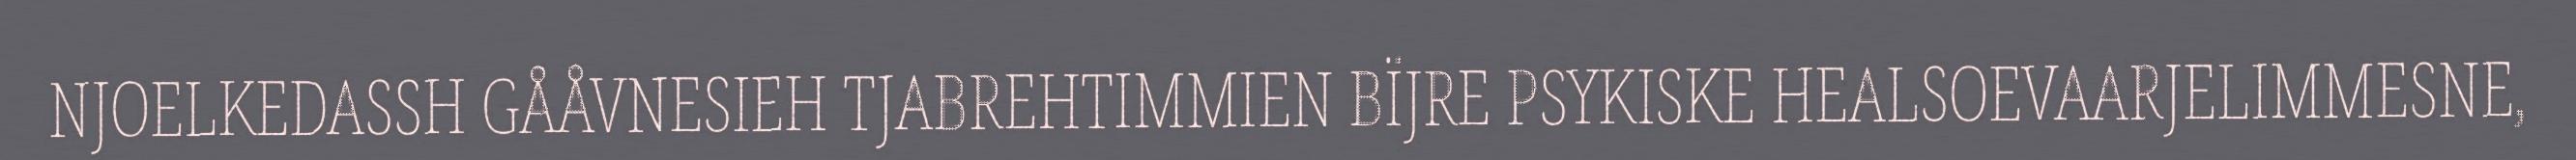
NJOELKEDASSH GÅÅVNESIEH TJABREHTIMMIEN BÏJRE PSYKISKE HEALSOEVAARJELIMMESNE,